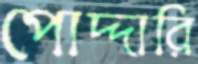
পোদ্দারি